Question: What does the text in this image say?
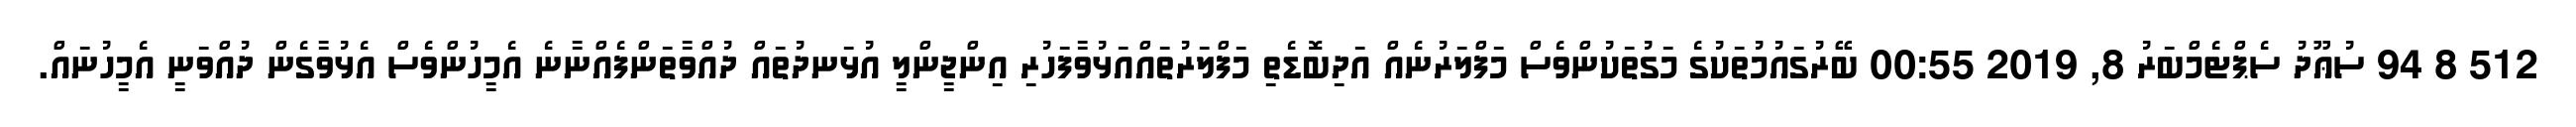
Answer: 512 8 94 ސުޢޫދު ސެޕްޓެމްބަރު 8, 2019 00:55 ބޭރުގައުމުތަކުގެ މަގުތަކުންވެސް މަފްލަރުނެއް އަދިބޮޑެތި މަފްލަރުތައްއަޅުވާފަހުރި އިންޖީންލީ އުޅަނދުތައް ދުއްވާތަންފެއްނާނެ އެމީހުންވެސް އެޅުވާގެން ދުއްވަނީ އެމީހުނައް.